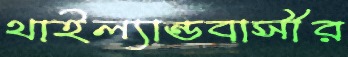
থাইল্যান্ডবাসীর